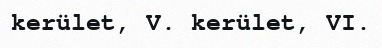
kerület, V. kerület, VI.